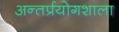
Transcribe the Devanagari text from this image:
अन्तर्प्रयोगशाला